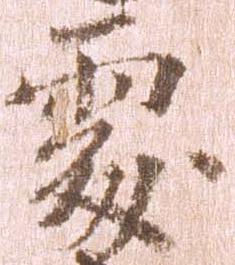
処